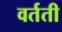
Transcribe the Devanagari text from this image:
वर्तती